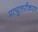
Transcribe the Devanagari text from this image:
प्रत्युत्तरीकरण